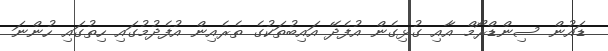
ޑައުން ސިންޑްރޯމް އާއި ގުޅިގެން އުފެދޭ އައިބުތަކުގެ ތެރެއިން އުފެދުމުގައި ހިތުގައި ހުންނަ